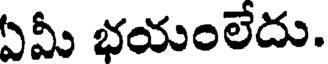
ఏమీ భయంలేదు.